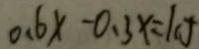
0 . 6 x - 0 . 3 x = 1 0 g